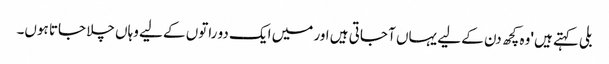
بلی کہتے ہیں 'وہ کچھ دن کے لیے یہاں آ جاتی ہیں اور میں ایک دو راتوں کے لیے وہاں چلا جاتا ہوں۔